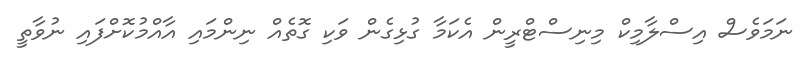
ނަމަވެސް އިސްލާމިކް މިނިސްޓްރީން އެކަމާ ގުޅިގެން ވަކި ގޮތެއް ނިންމައި އާއްމުކޮށްފައި ނުވާތީ